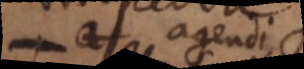
m agendi